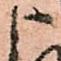
ま